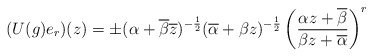
\begin{align*}(U(g)e_r)(z)= \pm(\alpha+\overline{\beta}\overline{z})^{-\frac{1}{2}}(\overline{\alpha}+\beta z)^{-\frac{1}{2}} \left( \frac{\alpha z +\overline{\beta}}{\beta z + \overline{\alpha}}\right)^r\end{align*}